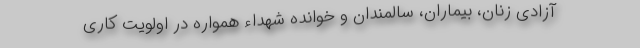
آزادی زنان، بیماران، سالمندان و خوانده شهداء همواره در اولویت‌ کاری